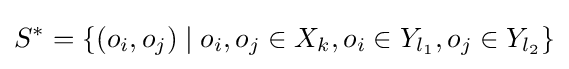
S^{*}=\{(o_{i},o_{j})\mid o_{i},o_{j}\in X_{k},o_{i}\in Y_{l_{1}},o_{j}\in Y_{l_{2}}\}